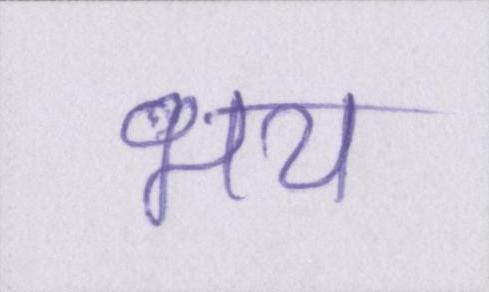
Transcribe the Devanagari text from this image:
भय